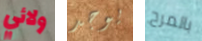
ولائي يوجد بالمرح